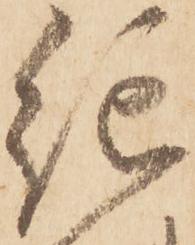
紀